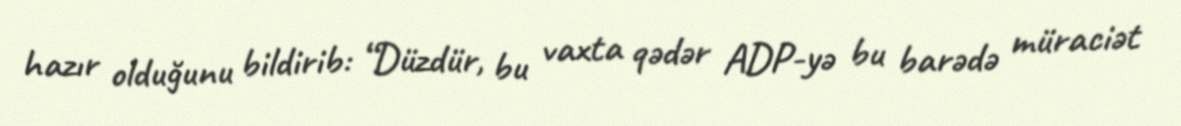
hazır olduğunu bildirib: “Düzdür, bu vaxta qədər ADP-yə bu barədə müraciət